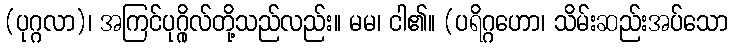
(ပုဂ္ဂလာ)၊ အကြင်ပုဂ္ဂိုလ်တို့သည်လည်း။ မမ၊ ငါ၏။ (ပရိဂ္ဂဟော၊ သိမ်းဆည်းအပ်သော